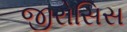
જીરોસિસ